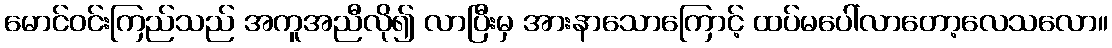
မောင်ဝင်းကြည်သည် အကူအညီလို၍ လာပြီးမှ အားနာသောကြောင့် ထပ်မပေါ်လာတော့လေသလော။